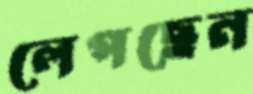
লেপছেন